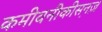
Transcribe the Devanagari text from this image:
कमीवनीकीस़नज़